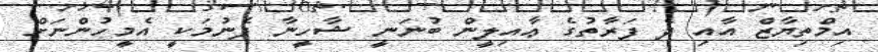
އިމްތިޔާޒް އާއި ދެ ފަރާތުގެ ޢާއިލީން ބުނަނީ ޝާހީނާ ފެނުމަކީ އެމީހުންނަށް